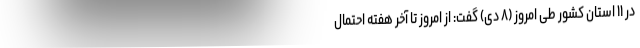
در ۱۱ استان کشور طی امروز (۸ دی) گفت: از امروز تا آخر هفته احتمال